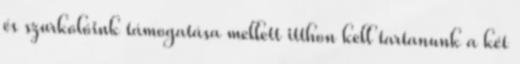
és szurkolóink támogatása mellett itthon kell tartanunk a két